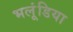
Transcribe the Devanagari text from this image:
भलूंडिया